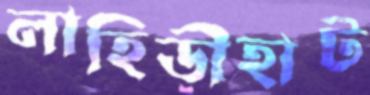
লাহিড়ীহাট